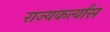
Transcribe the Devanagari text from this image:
राज्यकर्त्यांस